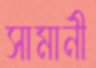
সামানী